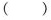
( )